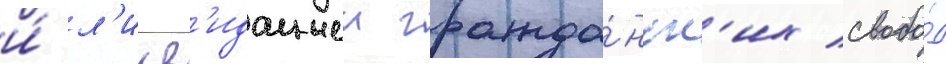
и́ л'икв'идациеи гражда́нск'их свобо́д